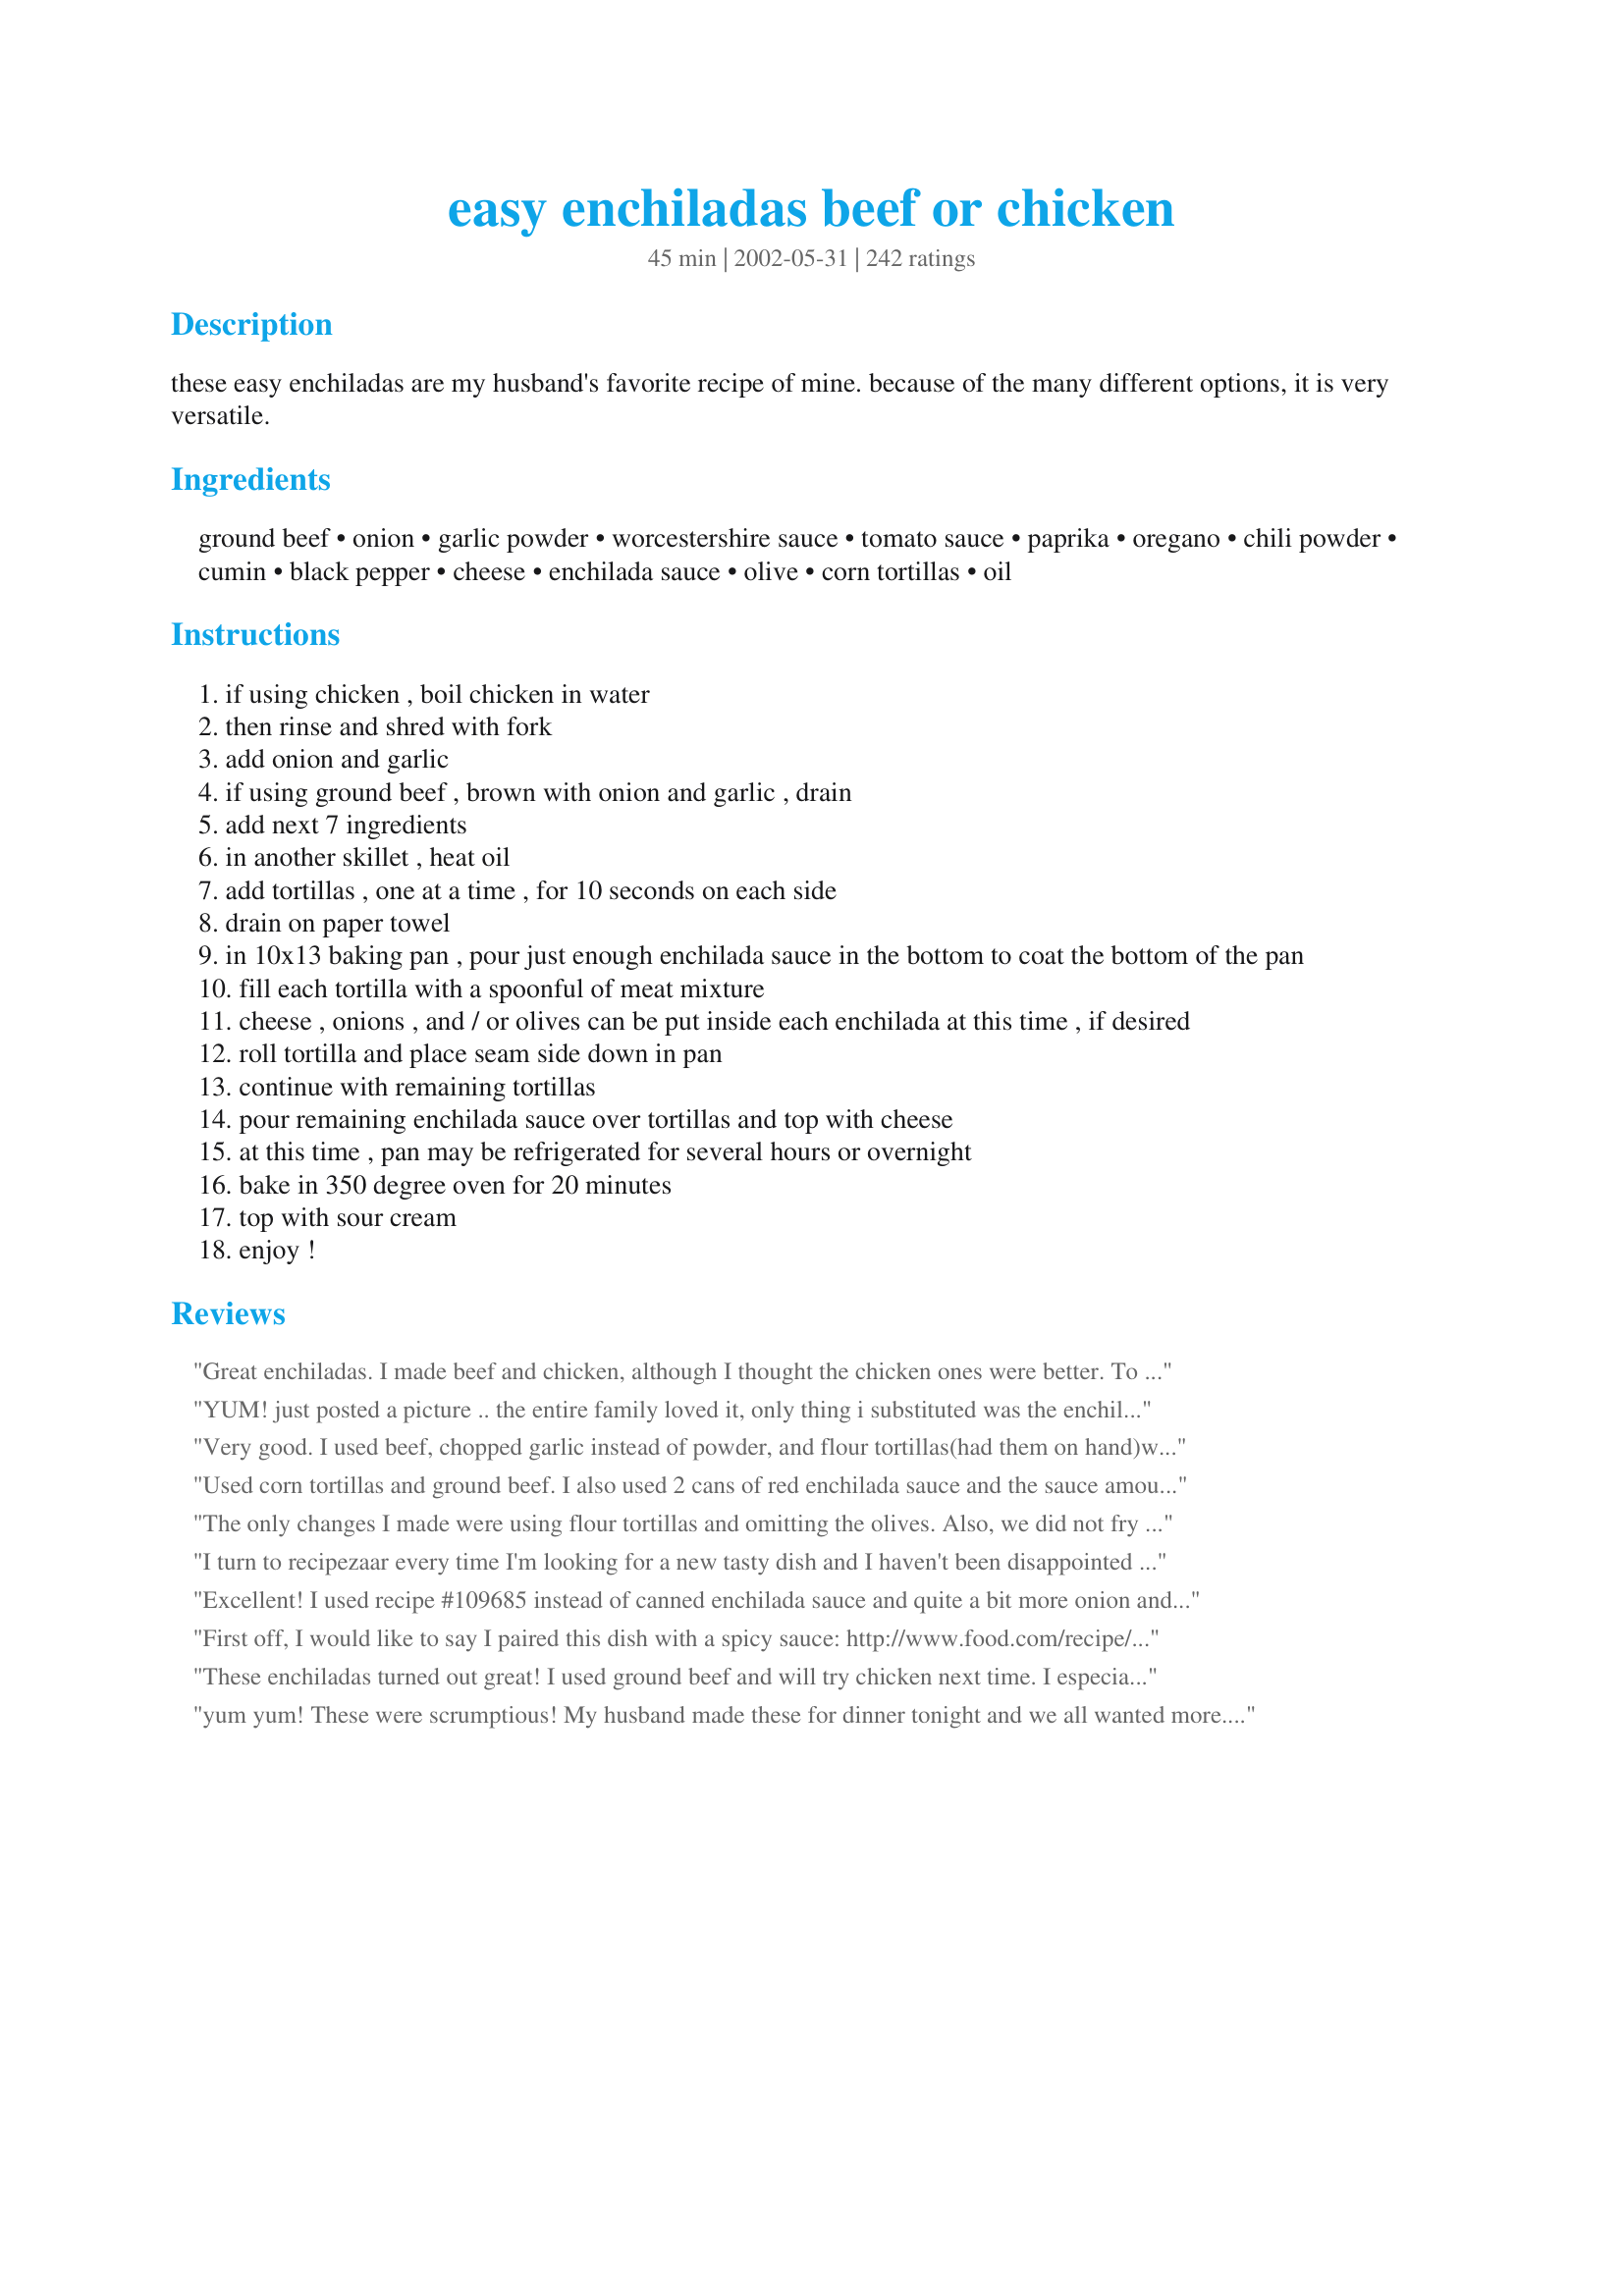
easy enchiladas beef or chicken
Preparation time: 45 minutes

these easy enchiladas are my husband's favorite recipe of mine. because of the many different options, it is very versatile.

Ingredients:
ground beef, onion, garlic powder, worcestershire sauce, tomato sauce, paprika, oregano, chili powder, cumin, black pepper, cheese, enchilada sauce, olive, corn tortillas, oil

Steps:
if using chicken , boil chicken in water
then rinse and shred with fork
add onion and garlic
if using ground beef , brown with onion and garlic , drain
add next 7 ingredients
in another skillet , heat oil
add tortillas , one at a time , for 10 seconds on each side
drain on paper towel
in 10x13 baking pan , pour just enough enchilada sauce in the bottom to coat the bottom of the pan
fill each tortilla with a spoonful of meat mixture
cheese , onions , and / or olives can be put inside each enchilada at this time , if desired
roll tortilla and place seam side down in pan
continue with remaining tortillas
pour remaining enchilada sauce over tortillas and top with cheese
at this time , pan may be refrigerated for several hours or overnight
bake in 350 degree oven for 20 minutes
top with sour cream
enjoy !

Reviews:
Great enchiladas. I made beef and chicken, although I thought the chicken ones were better. To the filling, I added about 2 T of cream cheese. I used the green sauce with flour tortillas. This is easy and so good. I served it with guacamole, bean salad, and refried beans.
YUM! just posted a picture .. the entire family loved it, only thing i substituted was the enchilada sauce ... i wasnt sure what it was, so i used salsa .. regardless, it was delish! thanks for the awesome quick recipe
Very good. I used beef, chopped garlic instead of powder, and flour tortillas(had them on hand)which I really enjoyed. The combination of flavors in the filling was excellent, and these were very easy to put together. I made them the day before I wanted to serve them, and the 30 minute cooking time was right on target to heat them through.
Used corn tortillas and ground beef. I also used 2 cans of red enchilada sauce and the sauce amount was perfect like this. Very tasty flavor, and leftovers were just as good. I will be making these again!
The only changes I made were using flour tortillas and omitting the olives. Also, we did not fry the tortillas at all. The dish turned out great! Will make this again for sure.
I turn to recipezaar every time I'm looking for a new tasty dish and I haven't been disappointed yet... this recipe included! They are SO simple to make.

I first made these with chicken and a medium-heat red sauce and the family loved 'em so much I made them again a few days later with ground beef.

My only note: these are quite spicey so I prefer a low-heat red sauce (not so bitter) or a green sauce. Jalapeno jack cheese is great as a topper too!
Excellent! I used recipe #109685 instead of canned enchilada sauce and quite a bit more onion and it was really wonderful. Next time I might save a little extra enchilada sauce to pour on after I take it out of the oven. With lean ground beef and low-fat cheese, this recipe is healthy and delicious!
First off, I would like to say I paired this dish with a spicy sauce: http://www.food.com/recipe/texas-red-enchilada-sauce-42094 and Mexican rice: http://www.food.com/recipe/mexican-rice-117892 and it made the perfect meal. These enchiladas were perfect! My husband loved them. I made a vegetarian version for myself by cooking a small amount of frozen mixed veggies and following the same recipe for spices. Turned out wonderful! Definitely making again.
These enchiladas turned out great! I used ground beef and will try chicken next time. I especially liked the green enchilada sauce. Will make this again.
yum yum! These were scrumptious! My husband made these for dinner tonight and we all wanted more. Thanks for sharing IB!
Loved them. I made the beef version, added a can of diced green chiles and used about 3 cloves of fresh minced garlic. I also prefer the green enchilada sauce. Savory, cheesy, Delicious! Thanks for sharing. We'll be having these again!
These were really good. I used flour tortillas instead of corn and they turned out great!
Really good! Made this with beef, corn tortillas, and the Texas Red Enchilada Sauce Recipe #42094. Yum!
I made the beef version for dinner tonight. Definitely agree that they're very easy and relatively quick to put together for a weeknight meal. We found them to be spicy enough while avoiding being too spicy (especially considering we have a picky 3 year-old who wouldn't have touched it if it were too spicy). I did add some extra cheese to the filling and was pretty generous with the cheese on top as well. I baked them for 25 minutes before serving. We look forward to the leftovers and will definitely be making them again in the future. Thank you for sharing!!!!
Was a success with whole family.
This recipe was so easy and fast! The enchiladas were so tasty, even my stepmother could not resist having 1 and 1/2 of them (and she's on Weight Watchers). This is definetly a recipe I will make again... and again. Thanks!!
I misunderstood the recipe. I didn&#039;t realize that the 7 ingredients worstershire sauce through pepper were supposed to be added to the meat mixture (even though it states that !!) when the recipe said drain the meat, I took it to mean drain meat through a strainer, and not necessarily put back in the pan. DUH !! Well, I made the enchiladas and only used the can of enchilada sauce. It was delicious just like that ! It must be GREAT with the actual sauce in the meat filling. For the leftovers, I will make the sauce and reheat the dish with the REAL sauce.
Really wouldn't say EASY, I mean it was simple to follow the directions and put together but it took a long time and I really wasn't that pleased with the result. It was edible and had good flavor but def not my favorite enchilada recipe.
These were wonderful. I made the beef enchiladas and used flour tortillas and added a can of black beans. I also made my own enchilada sauce and used it inside the mixture as well, rather than tomato sauce. Will definitely make again!!! Thanks for the recipe!
I Ioved these. I used shredded chicken and flour tortillas and they turned out delicious!
Incredible! I made these with chicken that I had previously cooked and had in the freezer, which saved on prep time. I followed the recipe as stated and they turned out perfect. They were even better than some I have had in Mexican restaurants (and I'm a Mexican food &quot;snob&quot;). Used corn tortillas heated about 15 seconds in the microwave so they were easy to put together. Filled with chicken and a little cheese (pepper jack and cheddar). The pepper jack is a must in my opinion and kicked it up a notch. Added a little of the red enchilada sauce to the baking dish (after greasing) and then topped with the enchiladas, remainder of the sauce and cheese. I made six as a trial and used one 10oz can of sauce. If making more you will definitely need more sauce. Served topped with a little sour cream and fresh cilantro. I thought they had a great flavor and heat level as well. Served with Mexican Rice (recipe from Pot Scrubber on this site) and a side of Bush's Pinto a la Diabla beans. My favorite Mexican restaurant is going to miss me! Love the fact that I can use the leftover meat for other Mexican dishes or freeze. Great time saver!
We really enjoyed this. Though I had to make a few adjustments. We are from Texas and like things a bit spicier, this seemed a bit barbequey to us. I added fresh cilantro, more cumin, cayenne pepper. I added the cheese and olives in when I mixed up the rest of the chicken and other ingredients. I used flour tortillas and then I used the sauce from Cilantro Chicken Recipe #26727. It makes it pretty spicy so if you don't like it too spicy, you may want to leave out the extra cumin and the cayenne pepper, but don't leave out the fresh cilantro!
Not that another review is really needed but we loved these enchiladas! I made per the recipe and wouldn't change a thing. I did use 2 cans of enchilada sauce, because we like lots. Will make often as my DD thought they were the balm!
I made these with beef and mostly followed the recipe. I left out the onions because my husband won&#039;t eat them and I added about 5 jalape&ntilde;os in with the meat and topped the enchiladas with more sliced jalape&ntilde;os. I also made my own enchilada sauce instead of buying canned sauce
This was so good! I doubled the recipe and made both beef and chicken. I made just a couple of slight changes. I added a half of a can of green chilies to each meat mixture as well as about a half of a can of diced tomatoes with onion and green peppers. I used flour tortillas (personal preference) and didn't fry them, just rolled them up and baked them in the sauce. I served these at my birthday party and everyone thought they were great! Thanks!!
Yum! I made this for my parents and they loved it. Had to e-mail the recipe to my sister so she could make it for a potluck. Thanks!
At first there was descension in the ranks when DH annouced he did not like enchiladas. After dinner he was loving them. Most of the ingredients are on hand so this in one easy meal. Thanks
Deeeee-licious!! I was starving, but I swear these were the best enchiladas I've ever had! Made the ground beef version and used flour tortillas instead of corn.
This was incredible! My family thought it was better than our favorite Mexican restaurant! My new favorite recipe for sure and I have made at least 50 from this website. I added a squeeze of lime to the sauce as well at a bunch of fresh chopped cilantro. This tastes truly amazing.
These were fantastic!! I used 3 boneless, skinlee chicken breasts and a 19oz. can of enchilada sauce + extra cheese. Only had floured tortillas on hand and didn't bother to fry them in the oil. I mixed about 1 1/2 - 2 cups of cheese in with the chicken mixture before filling the torrillas and then put another 3-4 cups on top after spreading remaining enchilada sauce on. I was a little unsure of how the flavor would turn out (oregano? worcestershire?), but it all came together so nicely. It was just delicious, and I will be making these again!!!
This was very good and easy to prepare. It was my first time making Enchiladas and I wanted to find a recipe that didn't use canned chili. Hubby loved it and I'll definitely be making it again. Thank you for posting!
This recipe was good! It has a lot of ingredients but the prep was easy and quick.
I made the beef version. While we did love how easy this was, we were not so excited about the beef seasoning. Maybe we'll try again, changing the seasoning to more our tastes. Thanks for posting!
A great recipe. A complex blend of flavors, and I like the "wet" enchiladas. Reduce the fat by using 2C cheese and heating tortillas on a lightly greased griddle. I also added a small can of chopped Anaheim chili to the filling. Takes a fair amount of effort to put together, thus 4 stars instead of 5.
These were absolutely amazing! Well worth the effort to make, I love mexican food and this is probably some of the best I've ever made myself.
Awesome recipe! I was a little leary seeing the worcestershire sauce on the ingredient list but it came out sooooo goood! The shredded chicken was the best! In fact I"m making the chicken tonight and putting on tostada's, it's that good! Thanks for sharing!
This is 5 star as everyone in the family loved it. Unfortunately no one else shares my love of spicy food (or sour cream!), so I only used one teaspoon of chili powder. I also only used about 2 cups of cheese and found that that was plenty. If cooking for myself I'd add all sorts of lovely things like the olives and perhaps jalapenos and definitely the sour cream. Will make this again for sure.
Excellent dish! We made the chicken enchiladas and they tasted great. A++
Very good. For years, I've used my own recipe for enchiladias but wanted to try something different. This is so good. We really liked this recipe alot. I served this along with #149952 Smoky Refried Beans , #17126 Quick Spanish Rice, and used #31811 Enchiladia Sauce. This was a delicious meal. Thank you so much for our wonderful meal....Stephanie
My husband said it was "restaurant quality". By far his favorite recipe of mine. I was worried about making it since I've never eaten an enchilada before, but the chicken recipe was perfect. Even I liked it and I think Mexican is too spicy. The alterations I made were 2 1/2 tsp of chili powder, flour tortillas, 1/2 a small onion chopped, and cooking spray instead of oil. Excellent!
These have to be one of the most flavorful enchilada recipes I've ever made! I used red sauce (no green at the store or I would have used that since I prefer it) and it was great. The only change I made was to use flour tortillas, and I threw in some tomatillo salsa since I had half a jar to use up. We'll make this one often. Thanks!
these were so easy to make and so good! i will definately make them again.
I tried this recipe because I love Amer-Mexican cooking. I didn't bother to fry the tortillas- I used uncooked corn tortillas straight from the package and the only problem I had was my tortillas tended to crack when I rolled them (no big deal). I also used half the amount of chicken, leftover rotisserie, and added a can of drained, rinsed black beans to save money. I used about a cup of cheese. This is a great base recipe, I just had to skinny it up. :) excellent flavor, easy prep.
I have made the Easy Chicken Enchiladas twice - I used flour tortillas and the green sauce (2 cans). I served it with The Best Ever Guacamole and pico. Perfect recipe for left-over chicken! Really a keeper recipe - Thanks IBShirley
I used this recipe as a base. Husband loved this and asked me to write down what I did so there is hope to make it again... If you hate when people do this - stop reading. If you want ideas ... I cooked 1lb ground beef with a medium onion diced, 1 large seeded and deveined jalapeno. I then added 7 tsp taco seasoning (recipe fr this site) and 3/4 C water. Boiled a bit to get most of the water out and flavor in. Then added a large can green chile&#039;s (6 oz?) and a mostly drained can of Rotel tomatoes and chile&#039;s. I then added about 1/2 the bag of low fat cheese to the meat mixture - took it off the heat. I used microwaved flour tortillas (about 10 sec 4 times - flipping and splitting the tortillas ea time) 1/2 the green enchilada sauce on bottom of pan (NOTE: spray pan with EVOO or pam before beginning next time) and 1/2 can on top of enchiladas and then rest (1/2) of low fat cheese on the top. Bake for 20 min and then add arugula and lf sour cream on top.
After finishing my daughter looked a t me and said mom "add this to te collection" needless to say, this is a keeper :-)
WOW!!! These were incredible! I made beef enchiladas and they were better even than the enchiladas at my favorite Mexican restuarant. The recipe didn't specify what size can of enchilada sauce to buy, so I used a 10 oz. can. Probably could use a wee bit more next time, but the recipe still tasted incredible and was fairly simple to put together.
I added a little more onion, salt, and a can of green chilis. I also used flour tortillas because that is what I had on hand. They turned out great, especially with frying them a little which kept them crispy. My husband polished off the leftovers and wanted more!
I made it with ground beef and monterey jack cheese. I just added some cheese to the ground beef mix. Made half with whole wheat and have with flour tortillas.
Great recipe. Easy to make and the flavors were great. I served it for some friends who loved it as well.
Loved it - just a few tweaks. Used ground turkey and sauteed onion and garlic. Added frozen corn, black beans and 1/2c salsa to meat mixture. Microwaved the tortillas before filling (were nice and soft). Only 2 of us so only filled 5 tortillas and saved the rest of the meat filling for something else (I&#039;m thinking nachos!). Put a little cheese in the tortillas as well as blanketing them (can never have too much cheese!). Lined pan w/ foil but should have sprayed as tortillas stuck. Served w/ cornbread - delish. Thanks much!
Awesome, Put a couple of jalapeno slices inside!
This was excellent! My first try at enchiladas and, thanks to this recipe, my family thought I was the best cook ever! I paired this with Sala Mexicana (#113519) and Mexican Salad (#73438) for a fabulous mexican dinner - just missing the margarita!
Great Enchiladas! I made both chicken and beef and we loved both of them!
This was a great dinner! I am not an enchilada eater, but my family is. I really enjoyed it. I did not change anything. I have used red & green sauce. I think it taste better with green. This has been a great new recipe to the everyday menu!! Thanks again.
I think these are the best enchiladas I ever made!!! This will be the recipe I will go to when making enchiladas.
Excellent. We really enjoyed this dish. I added mashed black beans and finely chopped mushrooms to boost the nutritional value.
Love this recipe. My son who is the pickiest eater ever is a huge fan.
I absolutely loved this. I made it with ground beef and green enchilada sauce. I loved frying the tortillas, it gave them texture and developed the flavor better. I will never skip that again, no matter how I am tempted. It was also my first time using corn tortillas and I must say I will always use them for enchiladas.
Oh, these were gorgeous and delicious! I did cheat by not frying the tortillas first. I was rushing and just couldn't work that part in to the recipe in a timely manner. I will however try and fry them next time. <br/>Thank so much for an excellent Mexican recipe!!! <br/>I also need to ad that your recipe did not say to cover the dish while baking. I did cover mine loosely and all turned out perfect.
We really enjoyed these too. It's been a while since my husband praised a new recipe i've made. and like the name of the recipe it was Easy. I used ground beef, flour torillas, green sauce, fresh garlic and way less cheese. This recipe is a keeper. Thank you.
Very good dish! I stuck to the recipe, except I skipped frying the tortillas. It still came out great. Even my pickiest kid came back for seconds. I will definitely be adding this one to my cookbook and making it again.
I loved this recipe. I did add green chilies, more onioin and some mushrooms. My husband loved it and it was very easy to do. Definitely will do this again.
Husband loved them!! Even my 6yr old daughter finished her plate. Cannot wait to try this with shredded pork!
IBShirley this is an awesome recipe. I made these using ground beef last night and followed the recipe exactly as written. We enjoyed these very much Hubby said " you can make these anytime" you get a 10 on this one. Thank you for the recipe!! :-)
I used black beans instead of beef and omitted the Worcestershire and olives. I thought these were just okay -- nothing special, but easy enough to make.
This recipe was easy to make and had a delicious flavor my husband loved! Topped with sour cream and a side of refried beans.... mmm mmm good.
I know this recipe already has a lot of 5 star reviews but I just had to add one more.
FYI this recipe works well even if you skip the oiled tortilla step. We just heated them in our tortilla warmer to soften (And save calories), then followed the recipe as stated. Just make sure each tortilla has sauce covering it on top, even just a thin coat.
Excellent! Thank you IBShirley!
Yummy!!!
These were weird. The tomato sauce/oregano combo made these taste too much like pizza. I might make them again but will definitely not be using the specified sauce.
This was very quick and easy. Thanks so much!
Delicious! very easy and also, a lot of fun to make! I never made an enchilada before, so rolling them up was quite a challenge, especially because i got the little sized tortillas. Note to people who want to make this GREAT dinner: get the big tortillas. I added more cumin and chili powder, and it did not come out too spicy for my tastes. The green sauce really is what makes this meal fabulous. I prefer theese to restaurant tortillas. Can't wait to make these again. Thanks for sharing
Have made these with both shredded chicken and beef now. I ended up just adding a whole can of tomato sauce, because the sauce reduced more than I like. Great recipe.
These are great! Two medium sized chicken breasts work well with this recipe. Just enough to fill 4-5 soft shell tortillas. Thank you for sharing. I made my own sauce from 31811 and added spanish rice 37638 for a side. We loved it!
Really great recipe and my kids LOVE this one. We use the flour tortillas so they're larger and it makes 10. Really really good though.
This recipe was so nice and easy to use . I did , however , use shredded leftover pot roast instead of ground beef and added a can of diced green chili's to the beef mixture. These tasted really authentic , and I served it with a home made Spanish rice ( steamed rice , put in a skillet with a little olive oil and a half cup of my favorite bottled salsa.) What a nice Mexican meal !
Made this last night and it was really good, even rolled in eggplant instead of tortillas (low carb). My husband had them in corn tortillas and he loved them. In fact, he said a couple of times through dinner how good they were. This is a keeper. Thanks.
These are better than even a restaurants enchiladas. My husband cannot stop raving about them. I used the soft taco size flour tortillas which made 6 enchiladas. I also used just over a tsp. of chili powder which still made them a bit too hot for my liking. Next time I think I'll use a 1/2 tsp. Simply put - FANTASTIC!
I have made this a few times (with canned chicken) and each time my husband devours it - and he's not a big fan of enchiladas. Last time I had forgot to purchase tomato sauce and used Rotel instead and it gave it an extra kick but still had the same great flavor. I plan on trying the beef next time, great recipe!
This was a pretty easy recipe and my family loved it. My daughter doesn't like olives so I only put them in half the enchiladas. I used beef but will try chicken next time with green sauce.
Very good enchiladas. I prepared the beef version and really liked the seasoning. Instead of frying the corn tortillas, I wrapped them in foil and warmed in the oven prior to rolling around the filling. Easy and tasty is a winning combination for this recipe.
Delicious! I used recipe #109685 for enchilada sauce as TracyFL did and it was great. Frying the tortillas before filling them really made a yummy difference. I won't like any other enchiladas unless the tortillas has been fried.
Holy cow this was good! Instead of shredding the chicken, I diced it raw and sauteed it with the spices. I had a green bell pepper so threw half of that in there too. I didn't fry up the tortillas to try to save on calories and it still came out great. I didn't have tomato sauce so I subbed tomato soup (weird I know) but it was still delicious! Also used two 10 oz cans of green enchilada sauce. YUM, thanks so much for the recipe!
Delicious! This is so easy to make and you're right, it is very versatile! We loved it and will definitely make it again. I baked the tortillas in foil instead of frying them, but otherwise I followed it exactly. So yummy, next time I'm going to try kicking it up a notch!
Very Good! I used whole wheat tortillas and low fat cheese and enjoyed them very much, Thanks!
Fantastic! We tried the recipe and it was great. We made half corn and half flour tortillas and they both were, ummm ummm!
This recipe was very good! I followed previous advice and added a small can of green chiles which just added a little bit of heat! My kids and my husband ate them up...hardly any leftovers. I will be making again. Thanks for sharing your recipe.
I thought this was really good. I will definitely make this on a regular basis. I used fresh garlic and ground beef and I did half red sauce, half green. I thought they were both delicious, but I think next time I will use red for beef, green for chicken. I also tore one of the corn tortillas so I used a flour tortilla in it's place and, although they were all really good, I think the flour enchilada was my favorite. I think this would be amazing with shredded beef or pork as well. Yum!
Bought all the ingredients, prepared the entire thing and the LAST step says sour cream, not listed in the ingredients. Tossed it out. Thanks for wasting my time
Oh my! Is this ever good! The only thing I did different was to add more onion. Perfect, perfect, perfect. Thanks, IBShirley, for a definite keeper!
I never leave reviews for recipes I find on the internet, but I can&#039;t get over just how delicious these turned out. The only thing I did differently was I used flour tortillas instead of corn tortillas, and I put jalapenos on top of them. It&#039;s my boyfriend and my new favorite recipe.
these are soo good. i've been using this recipe in combination with recipe #42094 (Texas Red Enchilada Sauce) - seriously the best enchiladas i've ever tasted. topped with sour cream and freshly chopped cilantro...they can't be beat!
This was just not to our liking
I made the mistake of taking leftovers of these enchiladas to work for lunch the next day. Coworkers were coming at me with raised forks demanding a taste! I gave the recipe to each of them and I have been told that several people are making enchiladas this weekend. I will be using this recipe over and over.
Made the beef and chicken along with Sour cream enchiladas all three were fantastic. Easy to make. and tasted great. Five stars from me,
My daughter requested homemade enchiladas for her sweet 16 this weekend. I tripled the recipe for our family of 7 plus a boyfriend. The boyfriend ate SIX by himself. BIG HUGE hit with the teens!!! Def a keeper in this house!
I made the chicken ones, and used flour tortillas. I think next time I will use more green sauce, and may try my hand at making some homemade. I used Monterey Jack cheese, and I did add in 1 can of Rotel tomatoes and 2 c. leftover Mexican rice in with the chicken. Yum Yum!
Thanks IBShirley. I am poster 100 so I knew before making this would be good stuff. This is a nice recipe for enchiladas. I made the beef kind using ground sirloin and I made 6 enchiladas "wet burrito" style, meaning that I put double the filling in each one before wrapping. It makes each portion more filling and it is "wet" from the enchilada sauce over the top. Makes less but a heartier meal. Yummy. The amount of spices scared me in the beginning as I wasn't sure how the oregano, cumin and Worcestershire sauce would work together but it is a great combo. Thanks again. We will make again. ChefDLH
very tasty,I used fresh diced tomatoes instead of tomato sauce,and changed the portion of spices according to my personal taste.
Wow... what a great surprise.... so much flavor.... the spice mix really worked! ... the only thing I did different was a cup of Pace medium salsa instead of the tomatoe sauce and sprinkled some chipotle chili powder on the meat when cooking for a little extra kick.....I used flower tortillas which is ok but will use corn next time becouse flour just taste doughie...but still was sooooo yummie... my DH loved it! ... will definetly make again :) Thanks for sharing :)
This was pretty good. Could of used a tad more flavor but overall my family enjoyed it! We did have to use flour tortillas and red sauce since that was all I could find so I will try it again with corn and green to see if we enjoy it even more.
Can use flour tortillas
Made these with chicken...wasn't sure about the worcestershire sauce taste in enchiladas....might cut back on next time I make. I used the green enchilada sauce also. Thanks for a great recipe.
Excellent. I try it with ground beef. Husband really love it. He ask to make it few times a month !!
The mother of my son's girlfriend had made chicken enchiladas the same day I had mine and my DH and son chose these enchiladas over hers. I was counting on leftovers but none were left. This was very tasty.
Made with beef and flour tortillas (because that is what I had). Very good and very easy mad everyone liked them.
These we GREAT! We used green sauce and didn't change a thing!!! THANK YOU!!!
The tomato sauce is never used
We do the beef ones regularly and we all love them! We've tried corn and flour tortillas, and red or green sauce, added green chilis or cilantro sometimes, and have fried and not fried the tortillas. Everytime had them they've been wonderful! I've even done the meat sauce and just done them like tacos. I really enjoy them served with a spanish or mexican rice. This will always be a regular on our menu!
I was rasied on Cheese Enchiladas This is the first time I have ever went outside that Cheese Box. Sure am happy I did. I used the Ground Beef. Followed your recipe just like you have posted. Nothing to change for me here. Warm welcome to a new recipe that was ate up in no time. Thank You for posting. Hugs
Love this recipe, use it every time! I've tried shredded chicken and beef and I don't change a thing. :) Thanks
Love it! So easy and yummy
These were really good. I have never made enchiladas before but they turned out great! I love the instructions. I did use kittencals red enchilada sauce instead of the sauce listed here..
This was ok for me. I used the ground beef, and followed the directions, but added a little bit of refried beans to the meat mixture. I think I would have liked it better with flour tortillas.
FINALLY! An enchilada recipe that my Mexican-food snob liked. However, the tweaks that I did was to omit the tomato sauce, and just use a can of enchilada sauce and a couple tablespoons of brown sugar, and some salt to bring out the flavors. Since we're chili-heads, I also used some pequin peppers with the meat, and some of the heat went with the discarded grease, but it still had a bit of zip for us.
Very easy and delicious, we used leftover turkey.
Absolutely delicious! I made it exactly as written except for the cumin as I didn't have any on hand. The chicken turned out wonderfully moist and tender with super flavor. I will definitely be making these enchiladas again! Thank you for sharing!
Family loved it!
These were pretty good, kids really liked them.
This is a very good recipe. We made the ground beef one and added more onions and 2 cans of enchilada sauce and It's definitely a keeper!
I made these with ground beef. They were very easy to prepare and hubby loved them! Thanks for sharing this recipe!
Not a single enchilada left!!! What a terrific recipe and very easy to make. I added 3 tsps of chili powder for a little extra kick and it was PERFECT! My family wants it served once a week!
Thank you sooooo much for sharing this recipe! It is a wonderful addition to our monthly rotation. I don't stock corn tortillas, but my mom in law will help me make them so i know it will be awesome that way as well! I added a can of green chillies, and don't regret the change, on for my family's permanent line up!
I made these for a high school parent/student pot luck dinner and it was a big hit. I brought a double recipe and there wasn't a bit left over. I used chicken breast, but instead in plain water, I used chicken broth. Made the meat very tender and added nice flavor directly to the meat.
The monsters really enjoyed this. I made it with hamburger and I think they'd have eaten the whole pan if I'd made it with shredded chicken instead. Will be making these again.
Good recipe, next time I make it I will brown the tortillas more. They kind of fell apart in the oven. It made a lot of filling so I just put the extra filling on top so that may have made the tortillas too soggy. I may also freeze the extra filling for another dish instead of putting it on top. Thank you!
I used 6 whole wheat 10 inch flour tortillas filled with the chicken mixture, cheese, green onions and black olives topped with homemade tomatillo enchilada sauce. We enjoyed this dish very much
The best enchilada recipe I have come across. You MUST use corn tortillas and fry them briefly in oil beforehand. If you don&#039;t, you&#039;re following a different recipe. I doubled the sauce because I like a lot of sauce. Anyone who used flour tortillas and then gave this recipe less than five stars, shame on you. Flour tortillas don&#039;t belong in this recipe.
i fixed these with chicken and they tasted amazing!!! so easy to fix too.. i think i could live off these alone! thanks for sharing the recipe.
Good recipe! Easy to make - good flavor! Topped with lettuce and sour cream - the family loved it.
These were pretty good.
Tasty! I made it with shrimp and it turned out wonderfully! We also added cilantro to the ingredients and that added a great extra kick! Very easy! Will make again and again!
awesome flavour. loved it. will always use this recipe for chicken enchiladas!
Very tasty and easy recipe. I used ground turkey which worked just fine. You can't have enough enchilada sauce in my opinion. I bought a huge (forget how many ounces) can and would have liked more for pouring over after baked for serving. I sprinkled chopped cilantro on top of the enchilada sauce in the bottom of the pan before placing the enchiladas on top. This gave a nice surprise taste of cilantro every now and then. I reckon I'll be making this again. Great taste and the right amount of heat.
These were fabulous! I didn't have any enchilada sauce on hand so I used #168653. They were a great pair! Consider this recipe for a prepare-in-advance meal. It's nice just to put something in the oven and eat! No gravy to make or potatoes to mash!! Some corn chips on the side would have been great to scoop up the left-over meats and cheese! Next time!
I really like the taste of the sauce this recipe makes. I also like to use the Wal Mart brand of enchilada sauce, not the Las Palmas kind. I use beef with this recipe and flour tortillas, not the corn ones.
I made these for dinner tonight and they were great! I added some taco seasoning to the beef because it was a little bland. I used burrito-size flour tortillas and microwaved them a for 15 seconds before assembling them. Yum!
We loved them! My husband said that it was as good as anything he had ever gotten at a Mexican restaurant. I used the large mulitgrain tortillas so it only made 6, I used 2 cans of the green enchilada sauce and 1 pound of hamburger I was thrilled that you could have 6 servings with only 1 pound. I served with spanish rice and had sour cream and salsa on the side.
I am a terrible cook and these turned out fabulous! I just added a tsp of chili powder and 1/2 tsp of crushed red pepper to the spice mix. I also used low carb flour tortillas and did not fry them. These were sooooooo good, I can't thank you enough for posting this, even my picky eater son loved them.
1/28/2006 This is a keeper. Easy, Easy, Easy. Has a great flavor and makes wonderful leftovers for lunch the next day. I made it with the beef and used flour tortilla. I followed Shari2 advice and used 2 cans of enchilada sauce. (I like the hot) Next time I'll try the chicken. 5/8/2007 Made this again using the chicken and threw in some sliced fresh jalapeno's and about 1/2 cup of black beans that I had left over. Thanks for posting IBShirley
I made the chicken enchiladas using my crock pot I put chicken, spices and sauce in for 6 hours on low. Took a couple of forks and shredded in minutes. Followed the rest of the instructions and voila, yummy! Oh, also used flour tortillas, fajita sized, not a fan of corn tortillas. Great recipe! Will make this many times, it's a keeper.
I've been looking for a chicken enchilada recipe that doesn't include Cream of Chicken Soup in the recipe. I think I found it! These were really good. I only used a little ( 2 tbsp) tomato sauce ( for half a recipe) because I didn't want them to be too tomatoee, and it came out just perfect. Thanks
Incredible enchiladas. The spices are perfect. I've made it with shredded chicken (which was the best), ground turkey, and even substituting black beans and spinach for meat- never anything but delicious.
Made these tonight because I had the unique problem of having both cooked chicken and part of a steak to use. So I mixed the meats together, made per the instructions (using a tad more tomato sauce to keep everything together!) and YUM! If I was using only chicken, I'd use a different recipe - but I prefer non-tomato chicken enchiladas. For a mixture or beef - this is the BOMB!
We really liked these, I used the new whole wheat flour tortillas and they turned out great....will put this recipe in my faves...thank you
Very easy to make and great tasting. My 4 yr old could not get enough. I stuff mine pretty full and he ate about 1 and 1/4 of them and still wanted more.
Very good and everyone enjoyed them. I didn't add olives and really thought the dish was a bit bland without them, or rather needed another kick of something. Next time I will add green chilies or something more to give it a bit more punch. Thanks!
Awesome! 3 in our house at the whole pan. We'll definitely repeat this one.
I made this with Chicken. I used Las Palmas enchilada sauce. My boyfriend LOVED it! I thought it was a bit spicy, but other than that- fabulous! I will be making this again!
I made these for dinner tonight & they were great! We will be having these again! Thanks for sharing the recipe.
Absolutely loved these. I made with flour tortillas, as that is what I had on hand. I also used the green enchilada sauce, as it's my favorite. These are so good. I might try some with pulled pork sometime. I bet it would be good! Thanks for the great recipe Shirley!
This recipe was fantastic!! I also have an Enchilada Recipe on here (Dynamite Enchiladas) and was looking for a new way to cook them. I was thouroughly IMPRESSED!!Thank You for such a wonderful recipe!!!
Even though I'm not a fan of meat enchiladas, these were terrific. I added cheese and olives to the meat as I rolled each one and used two cans of red enchilada sauce. Very good stuff and makes for great leftovers!
These were super tasty! I sauteed the onions and garlic and added them to the meat mixture. I also used some chicken broth to wet the corn tortillas, which makes them more pliable without the oil. Next time I might spray the casserole dish with Pam to make removal easier.
I wanted to give this recipe three stars, but DH loved them, and rated them a five. So the comprimise is four. Definitely easy to make, I used flour soft taco size tortillas and I didn't fry them, otherwise followed the recipe. There wasn't enough meat for twelve, (we like more then a teaspoon per tortilla), but I did get eight. I thought the spices were right on but felt the tomato sauce overwhelmed the dish, way too tomatoey. I would make this again but would leave out any tomatoes, unless it would be to sprinkle some fresh on top when this was done, that would be good!
Just made last night, I followed exactly except I didn't have any olives. My dh and roomate both gave it 5 stars, thanks for a good recipe.
Awesome recipe! Very easy to prepare, delicious, and lots of leftovers! My whole family and I loved them! Thanks for a great recipe!
Great recipe. Easy to prepare and very flavorsome. Will make again soon. Thanks for posting.
Very easy and very tasty. This was a real hit with my kids. I will definitely make this again.
These were awesome. The spices came out perfect. I use a little over a pound of ground beef and add a little more tomato sauce to the enchilada sauce to stretch it out. Thats the only change I made and everyone loved them. Thanks Shirley!!!
Um... if I could give this 6 stars I would. In a heart beat. And I am not the only one. I have been making this recipe of enchiladas for about a year now to rave reviews. From friends and family to coworkers, everyone loves these. I serve them with a side of Kittencal's Salsa rice (Recipe #318561) or simmered black beans. For the most part I make them entirely to the recipe, with the exception of a one or two things. First instead of regular tomato sauce, I use a mild or medium salsa. I get just a tiny bit more flavor and a few extra veggies to boot. Plus I always use whole wheat tortillas instead of corn. Mainly for texture, but also I enjoy the flavor from the wheat ones. And finally I always use fresh garlic instead of garlic powder... (lol I'm not a snob, we just literally always have garlic on hand... that's how much we use it) So thank you IBShirley for a delicious recipe that I will be making for years to come.
Delicious! The ingredient list may seem long, but it comes together in a snap. I minced 2 cloves of garlic instead of the powder. I also added some salt to the sauce mixture since it seemed to be "missing something" -- that was exactly what it needed! I didn't fry my tortillas, but didn't have any problems with cracking as they were pretty soft and fresh. I only had 6 burrito size flour tortillas on hand, so I used those and they fit in my 13x9 perfectly. I used about 3/4 cup of cheddar to top the enchiladas (and didn't add any cheese to the filling) since that's all I had available, but it was still tasty! Next time, I think I might try reducing the meat a bit and adding corn... maybe some black beans, too. Thanks for a YUMMY dinner!
10 thumbs up! Used ground turkey and the green enchiladas sauce. Easy to make and was the best enchiladas I&#039;ve ever made! Thx :)
Very good recipe. I was easy on the spices and used mild enchillada sauce - let every else spice it up more at the table. Put black olives in the meat mixture and a few on top. Also topped with some chopped green onions and used flour tortillas. Will make again!
First time making enchiladas, and man was this easy and good!
Beef is our favorite so I made some up using beef. We loved everything about these tasty rolls and will have them using chicken too at some point!
Loved it!!!
The title of the recipe is appropriate - these were extremely easy to make. The amount of spice in the enchiladas was perfect for people with young children - tasty enough to please me while mild enough that they enjoyed them. The only thing I changed was to wrap my tortillas in foil and bake them at 350 F for ten minutes (five on each side). Reduced the need for oil and saved me some time. Otherwise, this recipe is great as is, and I will definitely be making it again.

My whole family loved it. I omitted the onions, as my daughters would protest...so it was otherwise awesome. (I too used green enchilada sauce)
I have been searching for an enchilada recipe that can hold a candle to my mother in laws. This came close. That's about all I can ask. We loved them. I would cut back on the cumin but that is just a personal thing. I usually use WAY more sauce and was a little concerned but this was just about the right amount.
These were amazing, need to cut the recipe in half though.
Pretty good base! I made beef for family and chicken for me and kids and I thought it was great!
I think it needs a tad bit more moisture - more enchilada sauce.
But it was very good and even my youngest loved it!
Very good and easy I used 6 12" corn tortillas in a smaller glass pan.
This is the first time I have made beef enchiladas (I've made chicken before) and they were excellent. My son's vegetarian girlfriend made this same recipe using meatless crumbles and she loved it. Even after they were in the fridge for a few days, they tasted even better! One comment: make sure you have enough enchilada sauce on hand - we used can and it didn't seem to be enough for us. The only thing I changed was to use fajita-sized flour tortillas because our local corn tortillas are really small and I couldn't imagine trying to roll them up without them cracking and unrolling (but I do prefer corn so next time I will try it). Thanks for an excellent recipe...I will be making this again â€” it's a keeper!
one word: DELICIOUS!!.. and easy.!
There was nothing left--our family of 4 inhaled these! Haha! Very tasty, very easy, and I even had some leftover shredded chicken (which I froze for another enchilada night). I did boil the chicken in a little seasoned salt and a little kosher salt. Also, instead of using tomato sauce (which I thought would be a little bland alongside all the other wonderful ingredients)... I used 1 Cup of salsa instead. LOVED every bite. Paired this meal with rice and black beans. Would probably taste amazing with "Camp Cornbread"... just a thought for next time. I'll never use another enchilada recipe. This one is IT and I thank you for it. :D
Very comforting food and easy to make. I added some green chilies for heat.
Great dish, flavourful and spicy. It is something easy to adjust if you have those that don't like things too spicy and it is pretty easy and quick. I didn't use olives in it because I just don't care for them with enchiladas. The recipe even worked well with the gouda/mozzarella shredded cheese that I used (you can't get jack here and real cheddar is very uncommon). I made it with Recipe #109685 because the premade Mexican sauces here aren't very good and it was easy enough to make when doing the rest of the recipe.
Outstanding! I used 2 cans of red enchilada sauce with meat and added some black beans. I only used 2 cups of shredded cheese and it was perfect. This is a keeper for sure! Thanks so much.
Wow!! I will definitely make these again. They were very easy and not time consuming. I did add olives inside my enchiladas and also forgot to add the worchestershire sauce (will add that next time) but they turned out wonderful!
These were super yummy! I added some sour cream to the second half of my enchilada sauce, before adding it to the top of my enchiladas, to kill some of the heat.
YUM! I made the chicken ones. I have to say, I was wary of the worcestershire sauce, but these were wonderful. I am always trying new enchilada recipes, and my boyfriend says this the best one by far. The spices were just perfect, kids loved them too. Thanks!
This was delicious! I made it with flour tortillas instead of corn because that&#039;s what I already had in the house and I didn&#039;t have any Worcester sauce. I added the cheese and olives right into the mix in the pan and it came out DELICIOUS! My husband asks me to make them all the time now!
These were pretty good.... I used ground turkey because I'm not a big beef fan... but I'm guessing they would've turned out much better with the chicken, I'll have to try them again!
I always use this recipe for enchiladas in the oven. Its such an incredibly good combination of spices! Last time I used 1/2 teaspoon of smoked paprika in stead of the chili which I thought was a great addition. Also added some green sweet pepper in dice to the filling.
I use flour tortilla&#039;s-it was a good tip to heat them up before rolling. For the cheese I use a mix of mozzarella and cheddar. 30 min in oven with 5 min grill and it comes out restaurant style!!
YUM! When I gave this to the BF for dinner, I don't think he came up for air once! We used flower burrito size shells (we ended up only using 5 shells), green enchilada sauce, Mexican blend cheese, and chicken. He wants them again this week, so we're trying beef! Thanks
Delish! I chose this over the first suggested recipe because it called for corn, instead of flour, tortillas. My only alteration was that I cooked the chicken with the spices in my crock. I find it much easier to shred with that method. Will be reci-peating this one!!
This recipe was very good. We made it with beef and used red enchilada sauce. The filling was excellent. We only added 2 cups of cheese and it was still alot, next time we may use 1 and 1/2 cups Thanks for posting, will make again! 
:)
Great Enchilada recipe!
Major enchilada goodness. I tripled the recipe (hungry teenage boys!) using ground beef, and cut down on the tomato sauce and chili powder. These are really good and very easy, especially because I didn't fry the tortillas first. I used whole wheat flour tortillas, since that's what was in the fridge, and they were pliable enough without warming in oil. Thanks a bunch!
WOW! This is so delicious! This has become a weekly meal in my home because my boyfriend requests it every week! I have changed the ingredients a little bit, but all I did differently is add black beans, rice, and salsa in addition to the listed ingredients when I fill the tortillas, and as a healthier alternative, I dont fry my tortilla, but I do with his. This is a great dinner! Thanks for the recipe!
Yum!! What a great recipe! I added roasted green chiles. We will definitely be making this again. Thank you!
I made the beef enchiladas. They were really good. I used corn tortillas, and did have to warm them up in a little oil, before I rolled them. I tried to warm them in the micro, but that didn't work.First time makeing beef enchiladas, and glad I chose this recipe. I will use this recipe again. Really good, and yes, it was easy
I made these as directed. Very good. I used McCormick Enchilada sauce packet. I also found these "cafe style" tortillas that is corn and wheat flour blend. I also added refried black beans to half of the enchiladas YUMMY. Thanks for sharing.
Seriously the best easy enchilada recipe Ive tried! I had a little bit of problems tearing the tortillas when I was cooking them in the oil but other than that it was a simple recipe and a delicious one!
Tasty and easy to make. I added corn, as I do to all Mexican type dishes.
I tweaked this recipe based on what I had on hand. I used ground turkey and a can of green chilies and refried beans too. It came out great! Will definitely make this again.
This recipe was in my email today and after reading numerous reviews I decided that I would make it tonight I followed the recipe except that I increase amounts proportionately. I used about a pound and a half of ground beef and increased all spices slightly. I used 2 8oz green chile enchilada sauce packs. One on the bottom and one on the top. I kept the tomato sauce and cheese amounts the same. The three of us just kept eating. Soooo good!
This was a fantastic find! My family will love these. The only change I made was to add a can of refried beans to the mix to thicken it before scooping into the taco shells. I also used whole grain "healthy" shells to cut down on the white flour/sugar.
My family likes a simplier enchilada with less ingredients. I wouldn't make it again.
My review is limited to the seasoned meat mixture only. I used ground sirloin and I worried that BF and I would eat all the beef (dipping with tortilla chips) before we got the enchiladas made! The seasonings were perfect. Worcestershire and oregano sort of worried me, but we felt the final product was fantastic. Would make great beef nachos or burritos! My actual enchiladas did not turn out as great....but I blame the canned enchilada sauce that we used. I'll try another brand of red sauce next time....and I'm also looking foward to making chicken enchiladas using a green sauce. Thanks for the post!
These are fantastic!!!!! I usually make a creamy chicken enchiladas using sour cream and cream of mushroom soup, but these are so much better. My husband and I don't feel bad after eating these because they are way healthier. I followed the directions as it is, but I did leave out the olives since I didn't have any and added a can of green chiles. You will definitely need 2 cans of enchilada sauce. I can't wait to make these again!
I made this for a Lunch Party I had & everyone Loved it :) I didn't have any worcestershire sauce so I didn't use any but we all still liked it.
I have made this recipe a lot. I always add the green chilis, but I also use a large can of enchilada sauce so the finished product is not quite as dry. Thanks for sharing.
these are awesome! i made these last night. the two guys i cooked for loved them. note..i am not a chef by far. these were simple to make and turned out wonderful. very pleased! didnt change a thing.
The family and I loved this! I also used Texas Red Enchilada Sauce which went really well with the filling. The enchiladas were super simple to make. I did add a decent amount of chipotle peppers because the people I made it for like their food HOT!
Very good! Made these last night and the whole family enjoyed them!

I used Pipin' Hot Bakery Whole Wheat Tortillas Recipe #7417 and Easy Red Enchilada or Taco Sauce Recipe #168653.

It might seem like it would be hot with all the spices in the meat mixture and enchilada sauce, but for hubby and I it was not at all spicy, and even my youngest who hates spicy stuff loved it because it wasn't at all hot to him.
This is really good! I made it with leftover BBQ chicken, adding a small can of green chilies. No need for frying the tortillas. Warm up the enchilada or verde sauce and dip the tortillas in the sauce, then fill. It's a bit messy but oh so good. Made with the Mexican Rice recipe #117892.
Great Meal!
I made the beef enchiladas and they turned out wonderful
What a great dish! I only made one change and that was to add 8 ozs of taco sauce and about a half cup of sour cream to the enchilada sauce. I have a feeling I'll be making this recipe quite often. Up date. I've now made this frying the corn torts and microwaving them to make them soft. The microwave is the way to go, it really cuts out a lot of grease from the finished product, and is much easier. UP DATE to the last up date...To make this easier to prepare I now make it like lasagna. I put down enchilada sauce a layer of corn tortillas, followed by the meat then a layer of cheese then another layer of tortillas. I top it off with enchilada sauce and cheese. The prep goes so much quicker using this method.
i made it with beef omg it was sooo good i never knew i could make something soo good the only thing i did wrong was i didnt sprey the bottle of the pan so it kind of stuck but they were very good thanks for posting it
Excellent! Will definately make again. Thanks
I made the beef enchiladas. I do not like canned sauce so I made #54909 ..We liked these better the second night..I used mixed mexican shredded cheeses..
This is a great starter recipe for homemade enchiladas. I took TracyFL&#039;s advice and made the Mexican Enchilada Sauce. I also used flour tortillas. After baking, I added toppings of chopped onions, cilantro, avocado with a squeeze of lime juice topped with Mexican Crema.
These were indeed easy to prepareand were absolutely delicious - for me it was my first time ever making enchiladas and they were a great success - I couldn't find Enchilada sauce here so I needed to make my own - I used the Red Enchilada Sauce Recipe #168653. I look forward to serving these again soon.
This one is definately a keeper for my family!!! I paired it with some refried beans and mexican rice. We all LOVED it! Easy to make plus there was enough left over tonight to feed my family of 4 tomorrow night!!! This ones a gotta try!!!
Loved this recipe! I couldn&#039;t find green sauce so used mango and lime salsa, also spread ea. tortilla with mashed avocado. Will try to find the green sauce for next time---I live in a small town, so things like this aren&#039;t available.
My husband and I really enjoyed these enchiladas. The blend of the spices is what makes this dish. I used an 8x11.5 inch baking dish, which fit 8 enchiladas. I used 2 cups of shredded rotisserie chicken, and I only needed about 1.5 cups of cheese. I left out the onioins because hubby doesn't like them, and I used only 1 tsp of chili powder. Everything else I kept the same. They were so delicious!
I love the enchiladas my mom used to make. This topped it. I'm feeding 4 big boys so I doubled the recipe. I also added a little extra enchilada sauce. Topped it off with a dollop of sour cream. It was delicious! Definitely gonna make this part of our favorites list.
Excellent!! This will be my beef enchilada recipe from now on. I used Mexican Enchilada Sauce from this website. It's was great!!
Wow this was delicious! I used Ground Turkey, and flour tortillas. Otherwise there was no change. This was so filling we had tons left over. A new favorite!
I made these enchiladas today for lunch and my husband ate 1/2 the pan! I made the beef version and added chopped green chilies. They were delicious! We've tried a lot of enchilada recipes but I think this is the one we'll be adding to the rotation. I'll have to try the chicken version next time. Thanks Shirley!
These were quite tasty. I used Mole sauce instead of enchilada sauce, and it turned out well. I also used an 8 inch flour/corn blend tortilla because I find corn tortillas infuriatingly small and difficult to work with.
These were relatively easy and amazingly tasty. I made them with beef and added a small can of black olives with red jalapenos to the mixture before filling the tortillas. We liked them so much that we ate the left-overs the next evening. AND we very rarely eat the same thing twice in a row.
These were soooo good. I made the beef ones and even my kids liked them...and they are sooo picky. This time I am going to make 1/2 and freeze 1/2 for later :-)
OMG this was so good. Frying the tortillas was really good (I only had flour ones but they were great). I also added the black olives inside with cheese before rolling them and added more black olives on top of them. After it came from the oven, I topped with shredded lettuce, salsa, sour cream and lots of cilantro. It was a big hit!
What more can i say! Great dish very yummy, I Served this with a simple bean salad. Which complimented dish well. I made chicken enchiladas with red sauce, not sure if we have green in australia. Will make again!!
We used chicken and Pepper Jack cheese the first time making these and my wife and I loved them! Thank you! Tony
BLAMO! I never knew enchiladas could be soooo good. I love how easy this recipe is, add to that how delicious it is and you have a truly wining combination. Unbeatable!
I made these and had the leftovers to bring to work. I loved the fact I had something that heated up quickly in the microwave. We all enjoyed them and look forward to having them again!
I grew up on Mexican food, but these are the best enchiladas I've ever had, including in restaurants. So delicious and very easy; thank you for posting this!
Very easy to make and it was delicious!! Even better the next day. The only extra ingredient I added was cilantro to garnish the top of the dish just to add a bit of color! Thank you!
We absolutely loved these enchiladas. My husband says they were "slap your momma good!" Can't wait to make them again.
I made the beef ones and there were hardly any leftovers. My DS and DH ate almost all of them in one sitting. These were easy to make. I used 2 10 ounce cans of enchilada sauce and came out perfect. Next time I will try the chicken. Thanks for an easy and simple recipe.
Excellent! My first real attempt at enchiladas and they turned out so yummy. Will definitely make again.
These were great. Plain enchilada sauce usually leaves something to be desired, but this spiced it up a notch and gave it a great flavor. I think this will be my standard recipe to use for now on. Thanks!
Used flour tortillas and didn't fry them, but was still super good!
SIMPLE and easy to do!
DEFINATELY a keeper recipe too!
Like last reviewer, thought 3 cups was alot,
Added chili as like it HOT,
Also, didn't like frying..is personal taste, TRUE!
Zapped each tortilla in microwave 20 seconds...is helpful hint before rolling too!
THANKS!
These were great! We used ground beef for the filling, 2 (10 oz) cans enchilada sauce (one for bottom of pan and one on top of enchiladas), plus we used flour tortillas ( what I had on hand). The kids really liked these.
This is a SUPER recipe!! Very tasty!!Thanks!!
Served it with sour cream! Was so good! We will always season our taco meat this way as well in the future. Meat seasoning mix tastes much better than a store bought brand!
Oh Boy! These were great. My DH is a bit of finicky eater and he thought they were great. I made them with chicken. I had to sub half the cheese for a "pizza blend" shredded cheese as I ran out of "mexidan blend". Don't tell him though....
